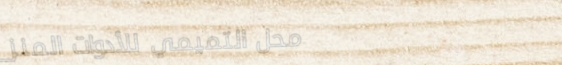
محل التميمي للأدوات المنز